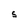
Character: S